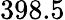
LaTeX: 398.5